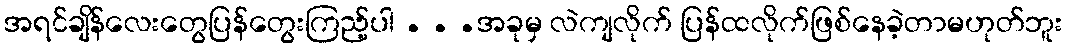
အရင်ချိန်လေးတွေပြန်တွေးကြည့်ပါ . . .အခုမှ လဲကျလိုက် ပြန်ထလိုက်ဖြစ်နေခဲ့တာမဟုတ်ဘူး